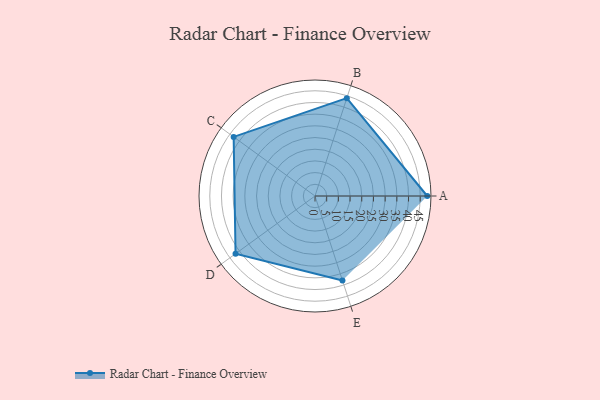
{"axis": {"x": "Skill", "y": "Score"}, "legend": ["Profile"], "data": [{"x": "A", "y": 48.0, "type": "Profile"}, {"x": "B", "y": 44.0, "type": "Profile"}, {"x": "C", "y": 43.0, "type": "Profile"}, {"x": "D", "y": 42.0, "type": "Profile"}, {"x": "E", "y": 38.0, "type": "Profile"}]}